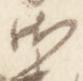
御